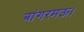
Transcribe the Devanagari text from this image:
बांगरमऊ।